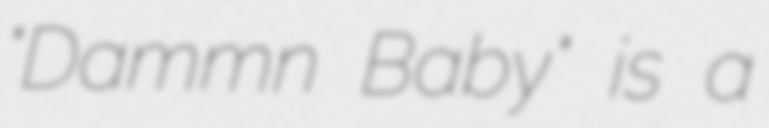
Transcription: "Dammn Baby" is a